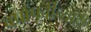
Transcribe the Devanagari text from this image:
वर्षापूर्वीच्याही